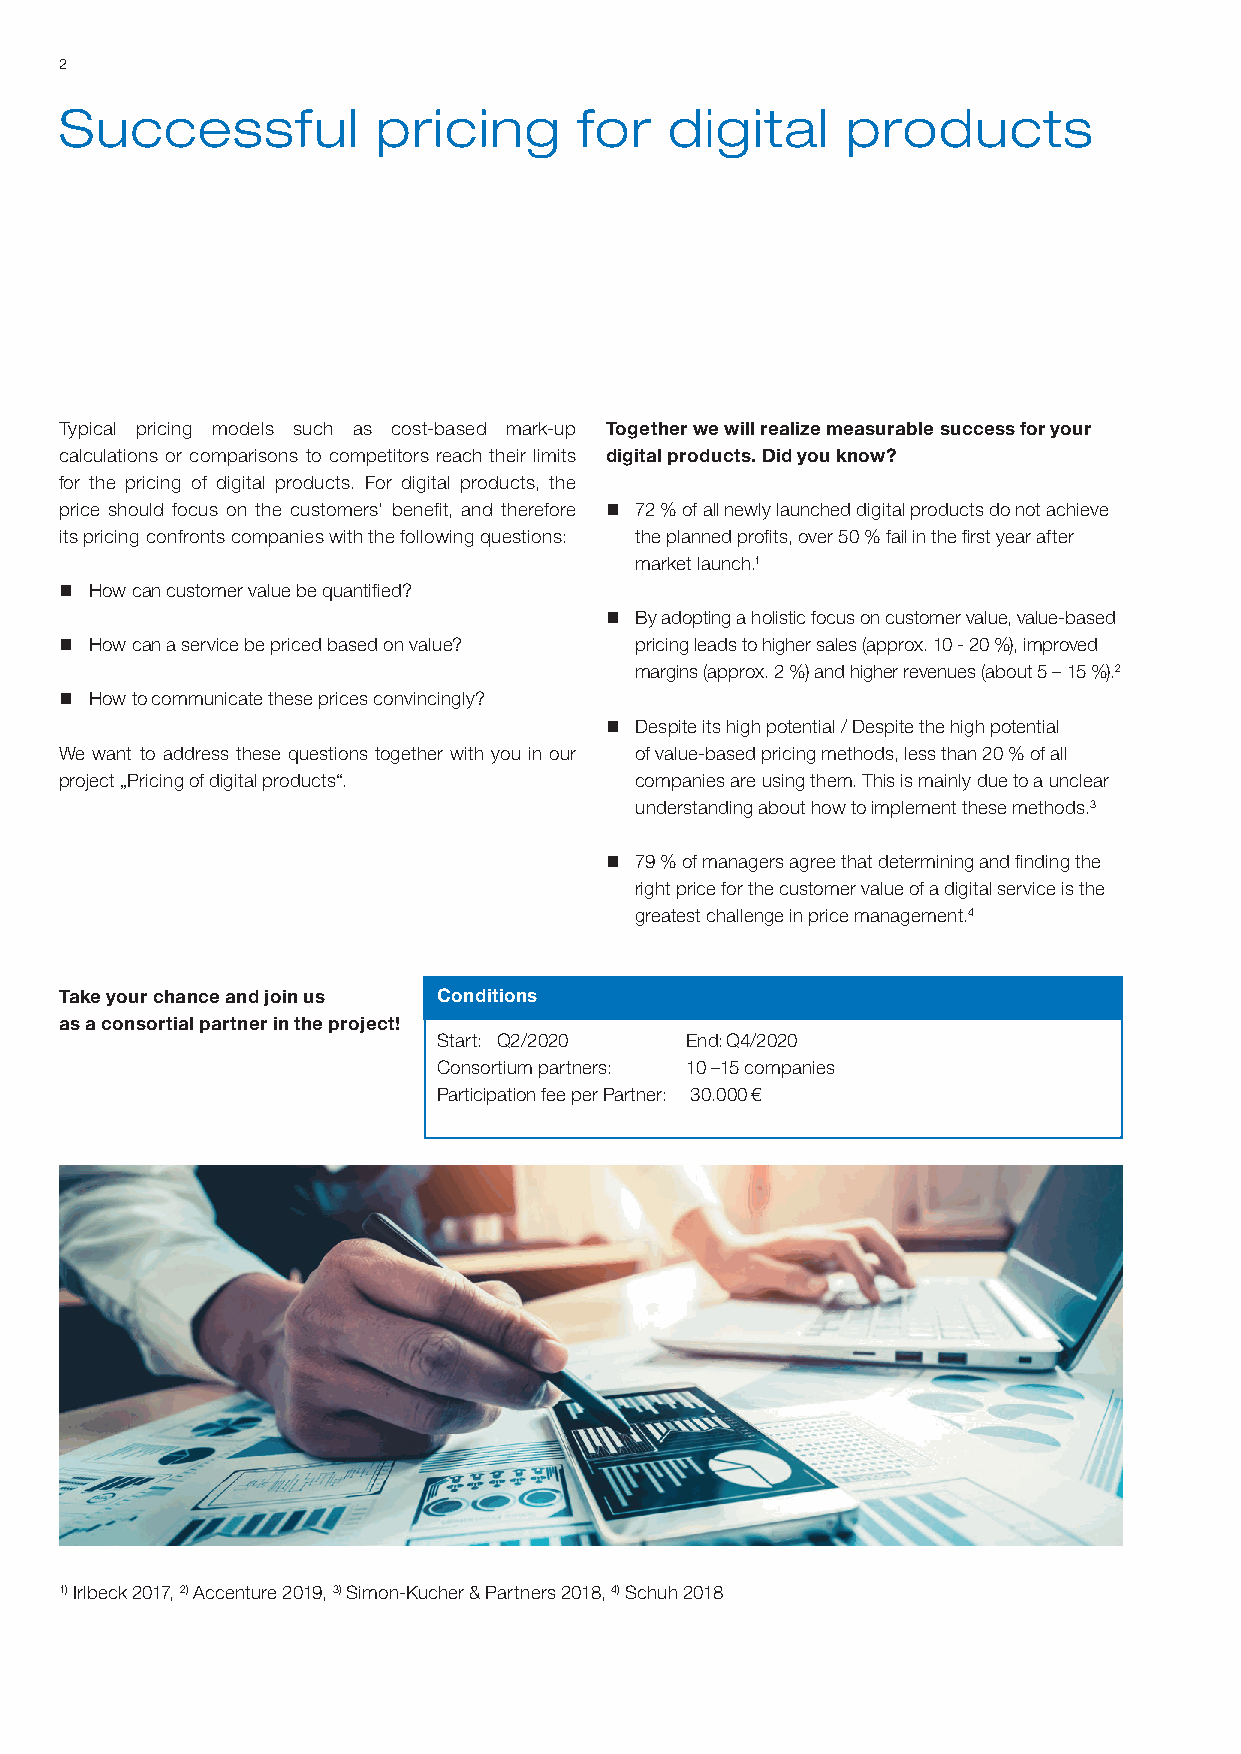
2
 Successful           pricing      for   digital     products
 Typical pricing models such as cost-based mark-up Together we will realize measurable success for your
 calculations or comparisons to competitors reach their limits digital products. Did you know?
 for the pricing of digital products. For digital products, the
 price should focus on the customers‘ benefit, and therefore n 72 % of all newly launched digital products do not achieve
 its pricing confronts companies with the following questions: the planned profits, over 50 % fail in the first year after
 market launch.1
 n How can customer value be quantified?
 n By adopting a holistic focus on customer value, value-based
 n How can a service be priced based on value? pricing leads to higher sales (approx. 10 - 20 %), improved
 margins (approx. 2 %) and higher revenues (about 5 – 15 %).2
 n How to communicate these prices convincingly?
 n Despite its high potential / Despite the high potential
 We want to address these questions together with you in our of value-based pricing methods, less than 20 % of all
 project „Pricing of digital products“. companies are using them. This is mainly due to a unclear
 understanding about how to implement these methods.3
 n 79 % of managers agree that determining and finding the
 right price for the customer value of a digital service is the
 greatest challenge in price management.4
 Take your chance and join us Conditions
 as a consortial partner in the project!
 Start: Q2/2020  End: Q4/2020
 Consortium partners: 10 –15 companies
 Participation fee per Partner: 30.000 €
 1)Irlbeck 2017, 2) Accenture 2019, 3) Simon-Kucher & Partners 2018, 4) Schuh 2018